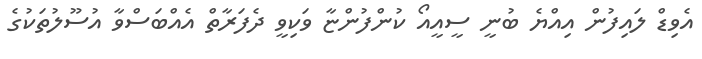
އެވިޑް ލައިފުން އިއްޔެ ބުނީ ސީއީއޯ ކުންފުންޏާ ވަކިވީ ދެފަރާތް އެއްބަސްވާ އުސޫލުތަކުގެ